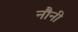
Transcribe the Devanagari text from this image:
नौनी